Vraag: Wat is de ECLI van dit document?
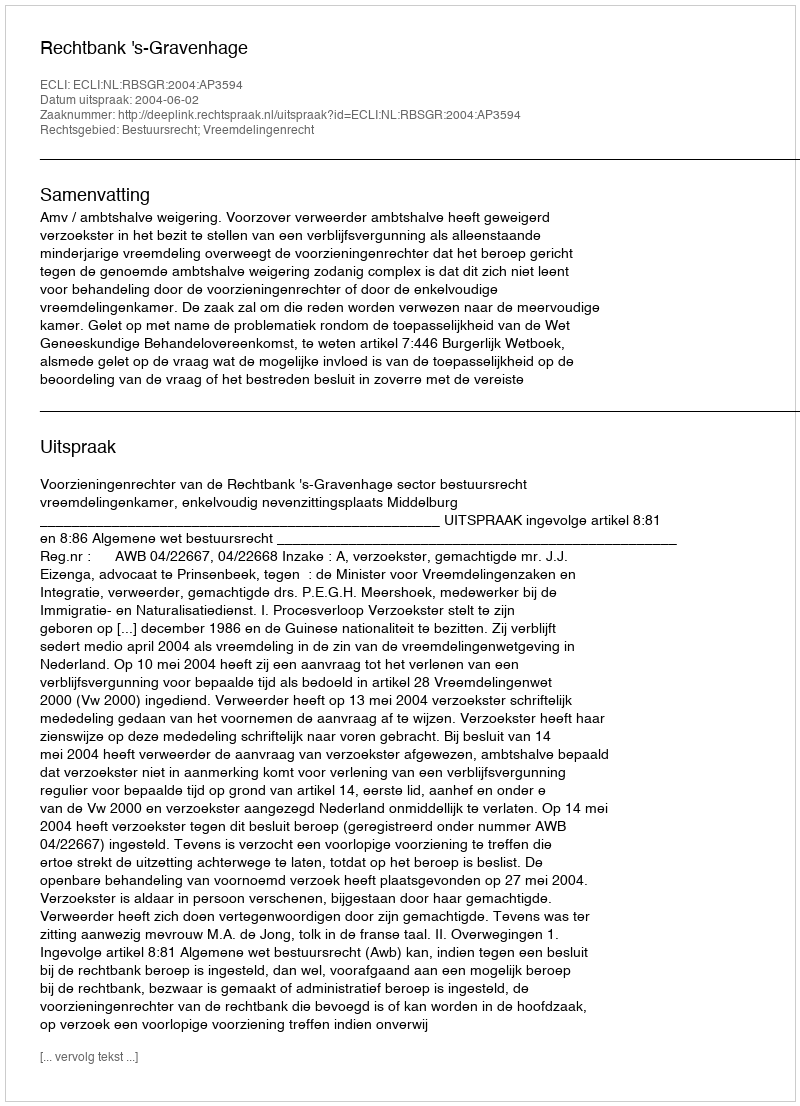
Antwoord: ECLI:NL:RBSGR:2004:AP3594